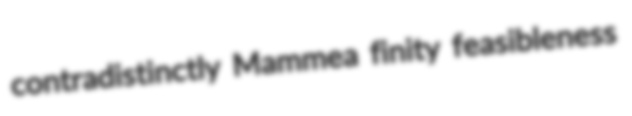
contradistinctly Mammea finity feasibleness